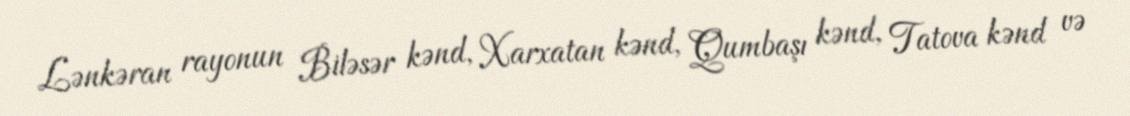
Lənkəran rayonun Biləsər kənd, Xarxatan kənd, Qumbaşı kənd, Tatova kənd və